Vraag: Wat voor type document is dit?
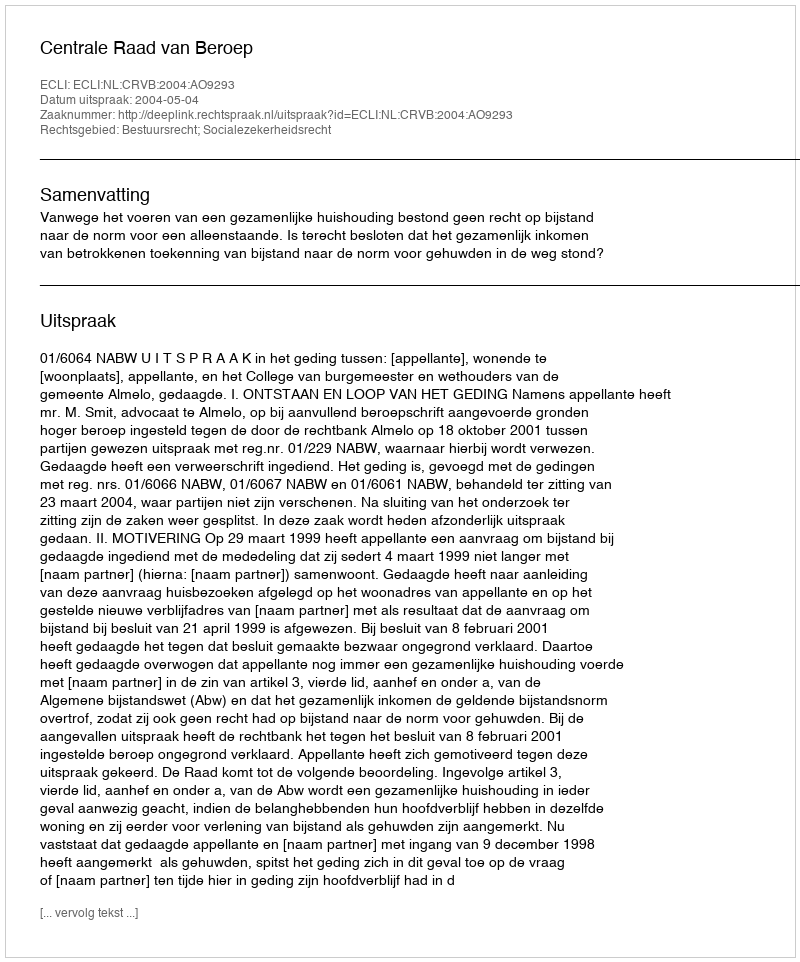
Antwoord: Uitspraak